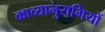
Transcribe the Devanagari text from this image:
काव्यानुरागियों